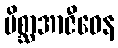
မိစ္ဆာအာဇီဝေန